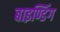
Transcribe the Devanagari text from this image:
बाइण्डिंग